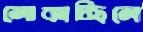
লোকাচ্ছিলে